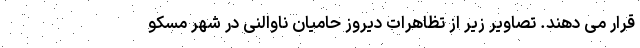
قرار می دهند. تصاویر زیر از تظاهرات دیروز حامیان ناوالنی در شهر مسکو